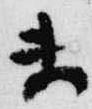
未